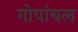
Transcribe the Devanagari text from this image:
गोपांचल